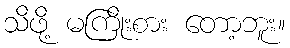
သိဖို့ မကြိုးစား တော့ဘူး။